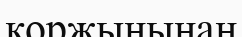
қоржынынан